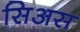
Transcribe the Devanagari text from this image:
सिअस